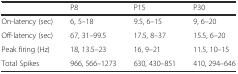
<table><thead><tr><td></td><td><b>P8</b></td><td><b>P15</b></td><td><b>P30</b></td></tr></thead><tbody><tr><td>On-latency (sec)</td><td>6, 5–18</td><td>9.5, 6–15</td><td>9, 6–20</td></tr><tr><td>Off-latency (sec)</td><td>67, 31–99.5</td><td>17.5, 8–37</td><td>15.5, 6–20</td></tr><tr><td>Peak firing (Hz)</td><td>18, 13.5–23</td><td>16, 9–21</td><td>11.5, 10–15</td></tr><tr><td>Total Spikes</td><td>966, 566–1273</td><td>630, 430–851</td><td>410, 294–646</td></tr></tbody></table>